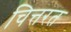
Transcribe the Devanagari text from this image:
चित्तरत